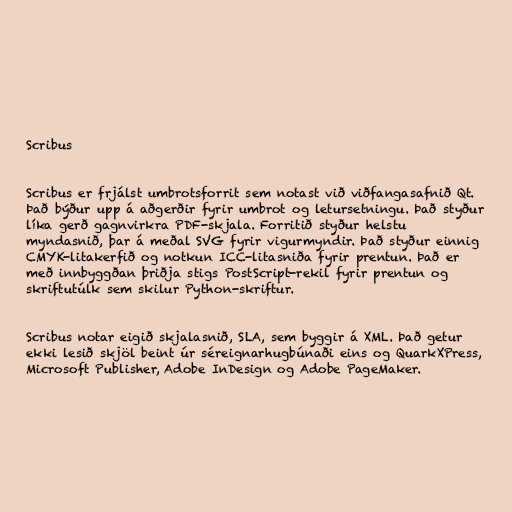
Scribus

Scribus er frjálst umbrotsforrit sem notast við viðfangasafnið Qt.
Það býður upp á aðgerðir fyrir umbrot og letursetningu. Það styður
líka gerð gagnvirkra PDF-skjala. Forritið styður helstu
myndasnið, þar á meðal SVG fyrir vigurmyndir. Það styður einnig
CMYK-litakerfið og notkun ICC-litasniða fyrir prentun. Það er
með innbyggðan þriðja stigs PostScript-rekil fyrir prentun og
skriftutúlk sem skilur Python-skriftur.

Scribus notar eigið skjalasnið, SLA, sem byggir á XML. Það getur
ekki lesið skjöl beint úr séreignarhugbúnaði eins og QuarkXPress,
Microsoft Publisher, Adobe InDesign og Adobe PageMaker.